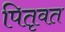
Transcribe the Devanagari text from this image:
पितृवत